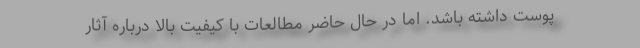
پوست داشته باشد. اما در حال حاضر مطالعات با کیفیت بالا درباره آثار